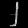
Digit: ၂